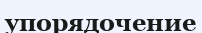
упорядочение